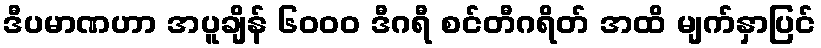
ဒီပမာဏဟာ အပူချိန် ၆၀၀၀ ဒီဂရီ စင်တီဂရိတ် အထိ မျက်နှာပြင်